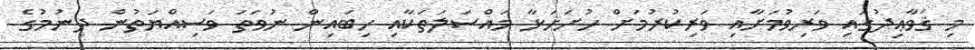
މި ޤަވާޢިދުގައި ވަރިވުމަށާއި ވަރިކުރުމަށް ހުށަހަޅާ މައްސަލަތަކާއި ހިބައިން ނުވަތަ ވަސިއްޔަތުން ދިނުމުގެ